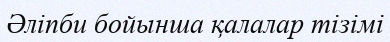
Әліпби бойынша қалалар тізімі